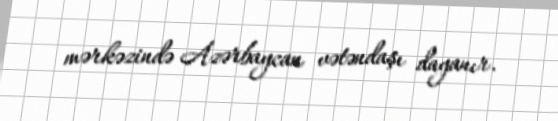
mərkəzində Azərbaycan vətəndaşı dayanır.